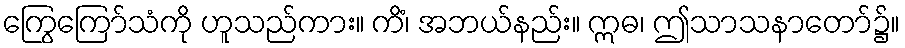
ကြွေကြော်သံကို ဟူသည်ကား။ ကိံ၊ အဘယ်နည်း။ ဣဓ၊ ဤသာသနာတော်၌။